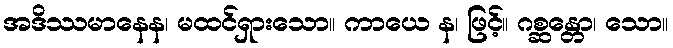
အဒိဿမာနေန၊ မထင်ရှားသော။ ကာယေ န၊ ဖြင့်။ ဂစ္ဆန္တော၊ သော။